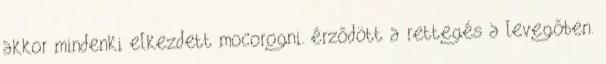
akkor mindenki elkezdett mocorogni. érződött a rettegés a levegőben.